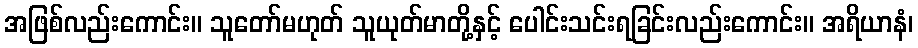
အဖြစ်လည်းကောင်း။ သူတော်မဟုတ် သူယုတ်မာတို့နှင့် ပေါင်းသင်းရခြင်းလည်းကောင်း။ အရိယာနံ၊